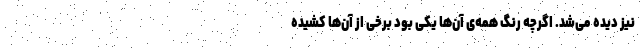
نیز دیده می‌شد. اگرچه رنگ همه‌ی آن‌ها یکی بود برخی از آن‌ها کشیده